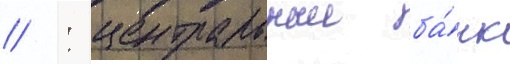
// : центральныи ба́нк